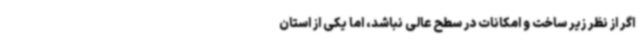
اگر از نظر زیر ساخت و امکانات در سطح عالی نباشد، اما یکی از استان